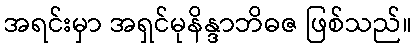
အရင်းမှာ အရှင်မုနိန္ဒာဘိဓဇ ဖြစ်သည်။